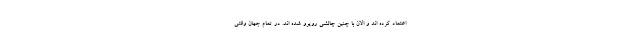
اعتماد کرده اند و الان با چنین چالشی رویرو شده اند. در تمام جهان وقتی